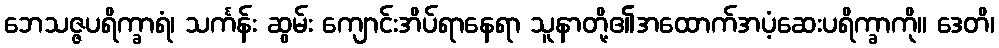
ဘေသဇ္ဇပရိက္ခာရံ၊ သင်္ကန်း ဆွမ်း ကျောင်းအိပ်ရာနေရာ သူနာတို့၏အထောက်အပံ့ဆေးပရိက္ခာကို။ ဒေတိ၊